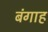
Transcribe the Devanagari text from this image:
बंगाह